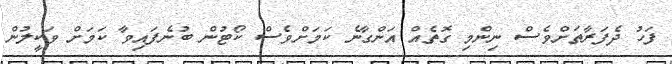
ފަހު ދެފަރާތަށްވެސް ނިންމި ގޮތެއް އަންގާނެ ކަމަށްވެސް ކޯޓުން ބުނެފައިވާ ކަމަށް ވަކީލުން